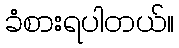
ခံစားရပါတယ်။